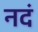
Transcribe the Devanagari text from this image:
नदं